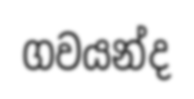
ගවයන්ද